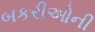
બકરીઓની